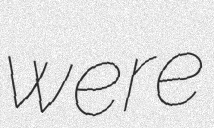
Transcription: were